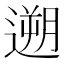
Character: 遡